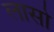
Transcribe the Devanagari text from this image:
लासो